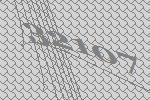
32107